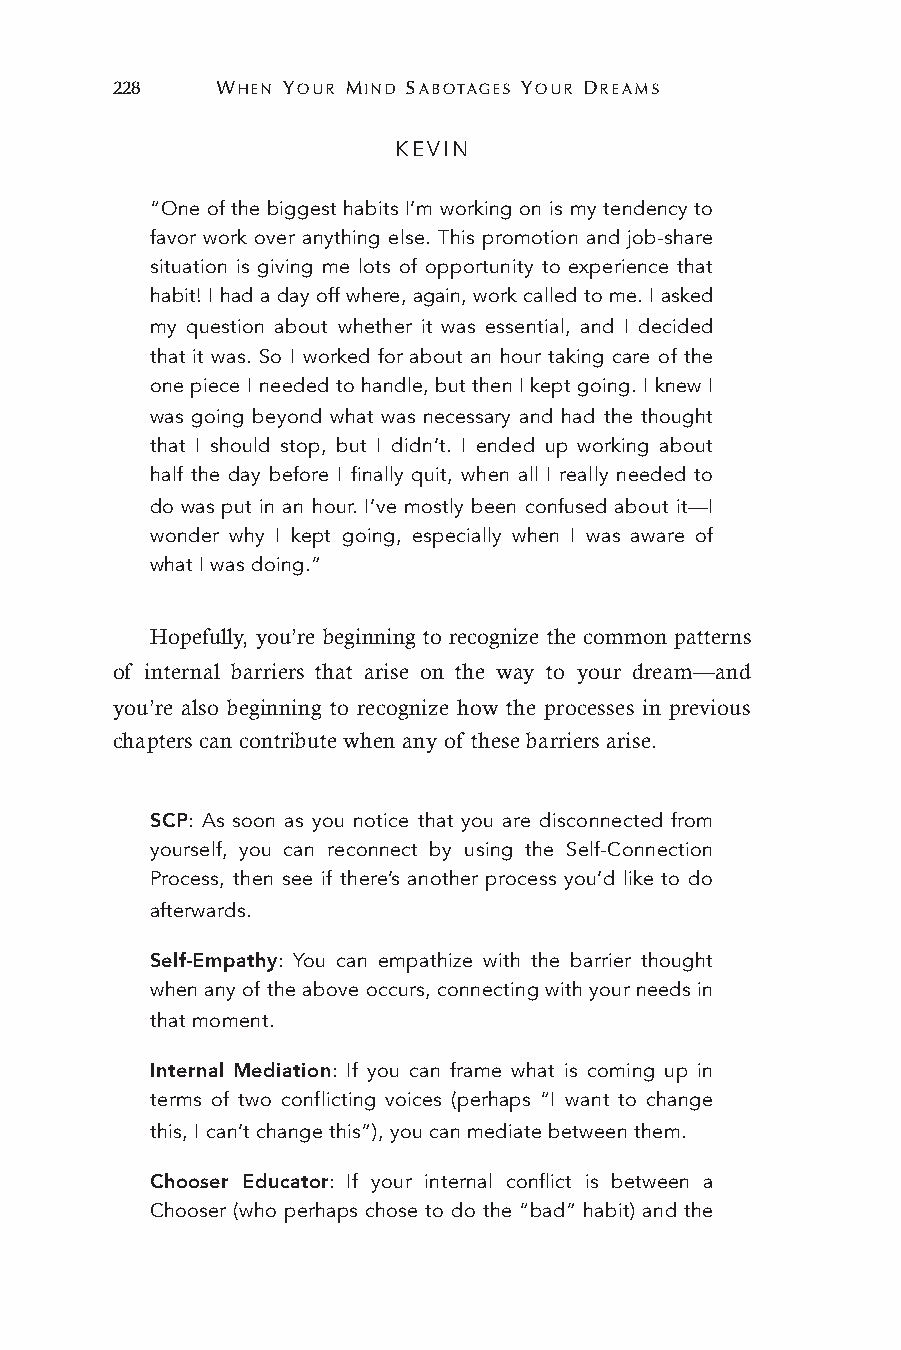
228    WHEN YOUR MIND SABOTAGES YOUR DREAMS
 KEVIN
 “One of the biggest habits I’m working on is my tendency to
 favor work over anything else. This promotion and job-share
 situation is giving me lots of opportunity to experience that
 habit! I had a day off where, again, work called to me. I asked
 my question about whether it was essential, and I decided
 that it was. So I worked for about an hour taking care of the
 one piece I needed to handle, but then I kept going. I knew I
 was going beyond what was necessary and had the thought
 that I should stop, but I didn’t. I ended up working about
 half the day before I finally quit, when all I really needed to
 do was put in an hour. I’ve mostly been confused about it—I
 wonder why I kept going, especially when I was aware of
 what I was doing.”
 Hopefully, you’re beginning to recognize the common patterns
 of internal barriers that arise on the way to your dream—and
 you’re also beginning to recognize how the processes in previous
 chapters can contribute when any of these barriers arise.
 SCP: As soon as you notice that you are disconnected from
 yourself, you can reconnect by using the Self-Connection
 Process, then see if there’s another process you’d like to do
 afterwards.
 Self-Empathy: You can empathize with the barrier thought
 when any of the above occurs, connecting with your needs in
 that moment.
 Internal Mediation: If you can frame what is coming up in
 terms of two conflicting voices (perhaps “I want to change
 this, I can’t change this”), you can mediate between them.
 Chooser Educator: If your internal conflict is between a
 Chooser (who perhaps chose to do the “bad” habit) and the